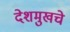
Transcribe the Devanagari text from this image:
देशमुखचे